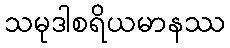
သမုဒါစရိယမာနဿ